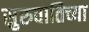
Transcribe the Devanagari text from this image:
सुरुवातिच्या